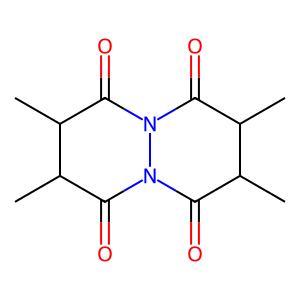
SMILES: CC1C(=O)N2C(=O)C(C)C(C)C(=O)N2C(=O)C1C
Inhibits HIV replication: No